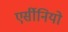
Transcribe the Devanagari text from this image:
एर्सीनियो